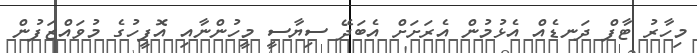
މިހާރު ޓާފް ދަނޑެއް އެޅުމުން އެރަށަށް އެބަދޭ ސިޔާސީ މީހުންނާއި އޮފީހުގެ މުވައްޒަފުން